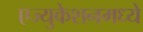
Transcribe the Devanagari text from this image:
एज्युकेशनमध्ये